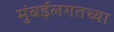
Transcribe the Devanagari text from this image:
मुंबईलगतच्या